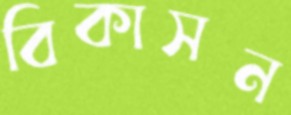
বিকাসন